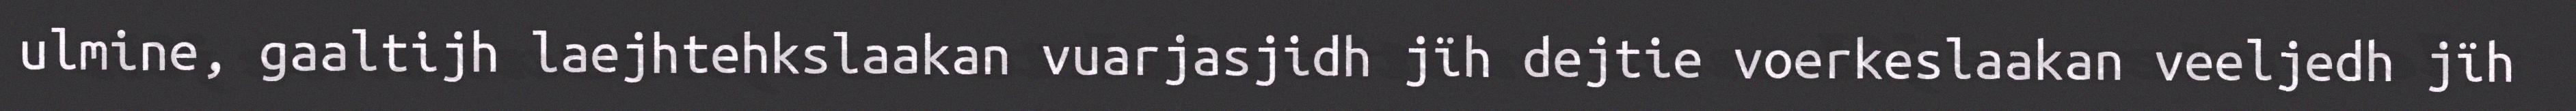
ulmine, gaaltijh laejhtehkslaakan vuarjasjidh jïh dejtie voerkeslaakan veeljedh jïh